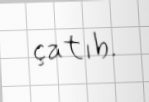
çatıb.